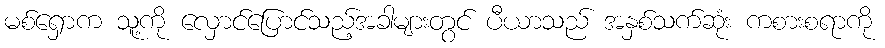
မစ်ရှောက သူ့ကို လှောင်ပြောင်သည့်အခါများတွင် ပီယာသည် အနှစ်သက်ဆုံး ကစားစရာကို